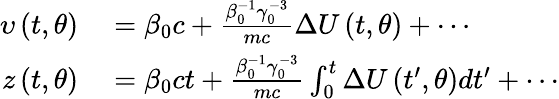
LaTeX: \begin{array}{rl}{\upsilon\left(t,\theta\right)}&{{}=\beta_{0}c+\frac{\beta_{0}^{-1}\gamma_{0}^{-3}}{mc}\Delta U\left(t,\theta\right)+\cdots}\\ {z\left(t,\theta\right)}&{{}=\beta_{0}ct+\frac{\beta_{0}^{-1}\gamma_{0}^{-3}}{mc}\int_{0}^{t}\Delta U\left({t}^{\prime},\theta\right)d{t}^{\prime}+\cdots}\end{array}